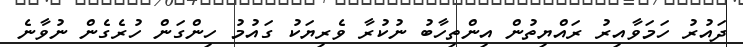
ދައުރު ހަމަވާއިރު ރައްޔިތުން އިންތިހާބު ނުކުރާ ވެރިޔަކު ގައުމު ހިންގަން ހުރެގެން ނުވާނެ